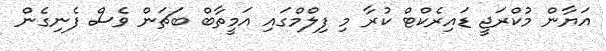
އަޔާން މުކްރަޖީ ޑައިރެކްޓް ކުރާ މި ފިލްމްގައި އަމީތާބް ބަޗަން ވެސް ފެނިގެން